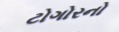
ટોગોરનો